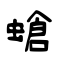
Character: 螥